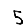
Digit: 5